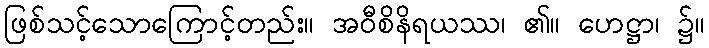
ဖြစ်သင့်သောကြောင့်တည်း။ အဝီစိနိရယဿ၊ ၏။ ဟေဋ္ဌာ၊ ၌။